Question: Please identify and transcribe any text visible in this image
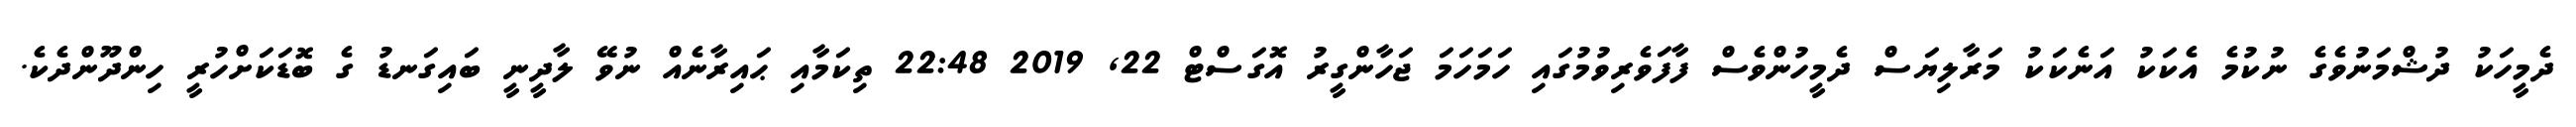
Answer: ދެމީހަކު ދުޝްމަނުވެގެ ނުކުމެ އެކަކު އަނެކަކު މަރާލިޔަސް ދެމީހުންވެސް ފާފަވެރިވުމުގައި ހަމަހަމަ ޖަހާންގީރު އޮގަސްޓް 22, 2019 22:48 ތިކަމާއި ޙައިރާނެއް ނުވޭ ލާދީނީ ބައިގަނޑު ގެ ބޮޑަކަށްހުރީ ހިންދޫންދެކެ.